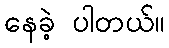
နေခဲ့ ပါတယ်။